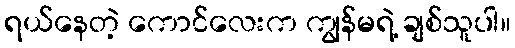
ရယ်နေတဲ့ ကောင်လေးက ကျွန်မရဲ့ ချစ်သူပါ။